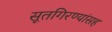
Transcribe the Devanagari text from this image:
सूतगिरण्यांसह